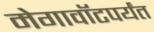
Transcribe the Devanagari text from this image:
मेगावॉटपर्यंत